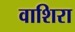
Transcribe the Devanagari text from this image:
वाशिरा